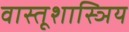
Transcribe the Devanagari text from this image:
वास्तूशास्ञिय